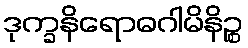
ဒုက္ခနိရောဓဂါမိနိဉ္စ